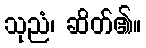
သုညံ၊ ဆိတ်၏။